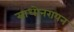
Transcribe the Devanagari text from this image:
साधोनरायन